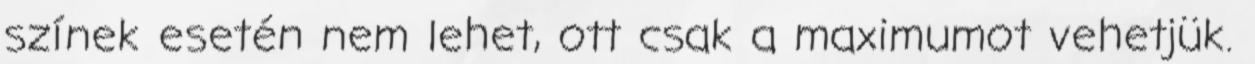
színek esetén nem lehet, ott csak a maximumot vehetjük.